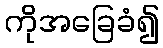
ကိုအခြေခံ၍